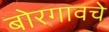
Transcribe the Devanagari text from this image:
बोरगावचे